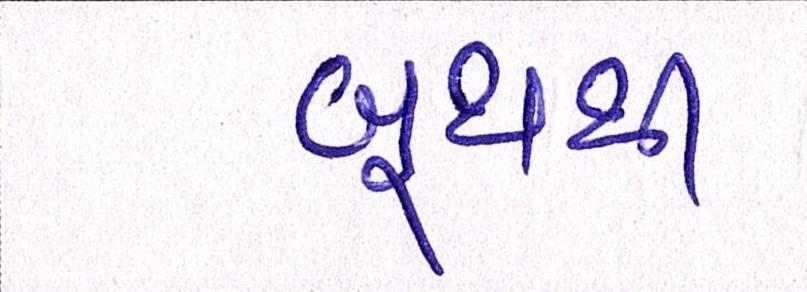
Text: બુથથી